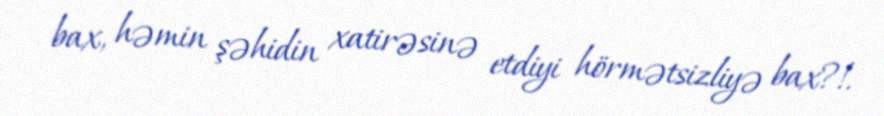
bax, həmin şəhidin xatirəsinə etdiyi hörmətsizliyə bax?!.